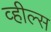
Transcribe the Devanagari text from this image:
व्‍हील्‍स